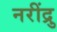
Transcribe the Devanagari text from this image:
नरींद्रु